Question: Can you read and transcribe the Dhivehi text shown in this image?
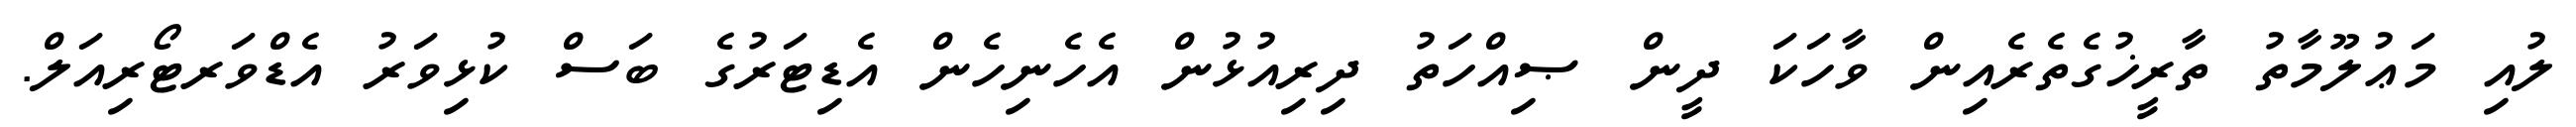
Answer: ލުއި މަޢުލޫމާތު ތާރީޚުގެތެރެއިން ވާހަކަ ދީން ޞިއްހަތު ދިރިއުޅުން އެހެނިހެން އެޑިޓަރުގެ ބަސް ކުޅިވަރު އެޑްވަރޓޯރިއަލް.